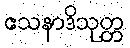
ဧသနာဒိသုတ္တ